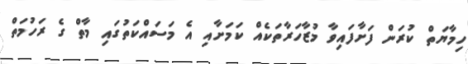
ހިމާޔަތް ކުރަން ފަށާފައިވާ މުޒާހަރާތަކެއް ކަމަށާއި އެ މަސައްކަތުގައި މާތް ގެ ރަހުމަތް